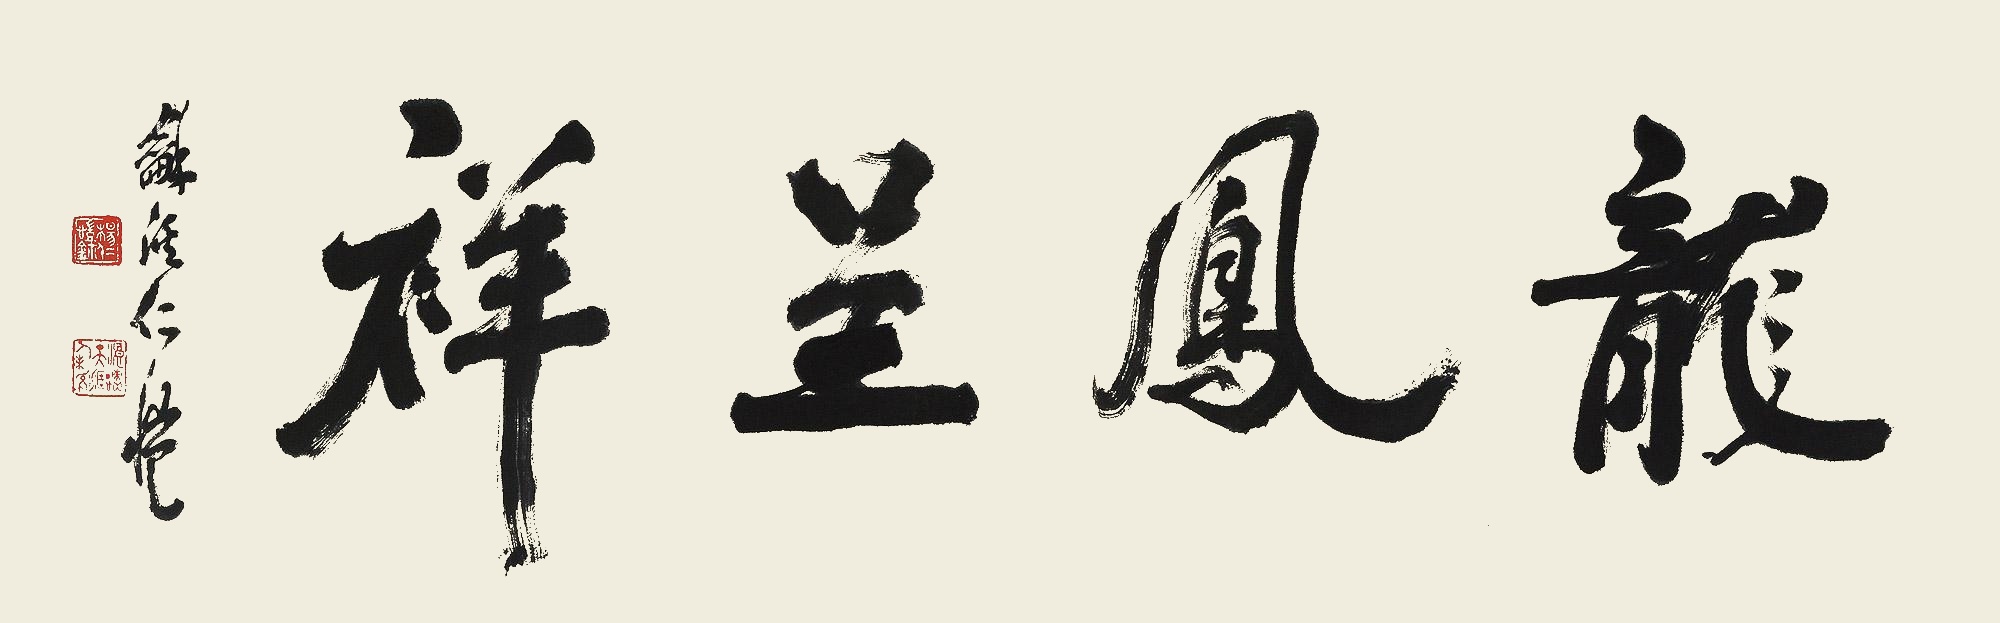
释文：龙凤呈祥和溪仁恺。